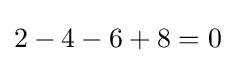
2-4-6+8=0